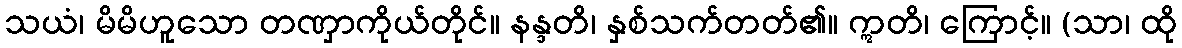
သယံ၊ မိမိဟူသော တဏှာကိုယ်တိုင်။ နန္ဒတိ၊ နှစ်သက်တတ်၏။ ဣတိ၊ ကြောင့်။ (သာ၊ ထို